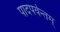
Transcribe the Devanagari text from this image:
पादपर्यन्तम्‌